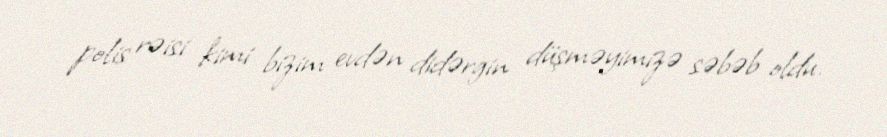
polis rəisi kimi bizim evdən didərgin düşməyimizə səbəb oldu.